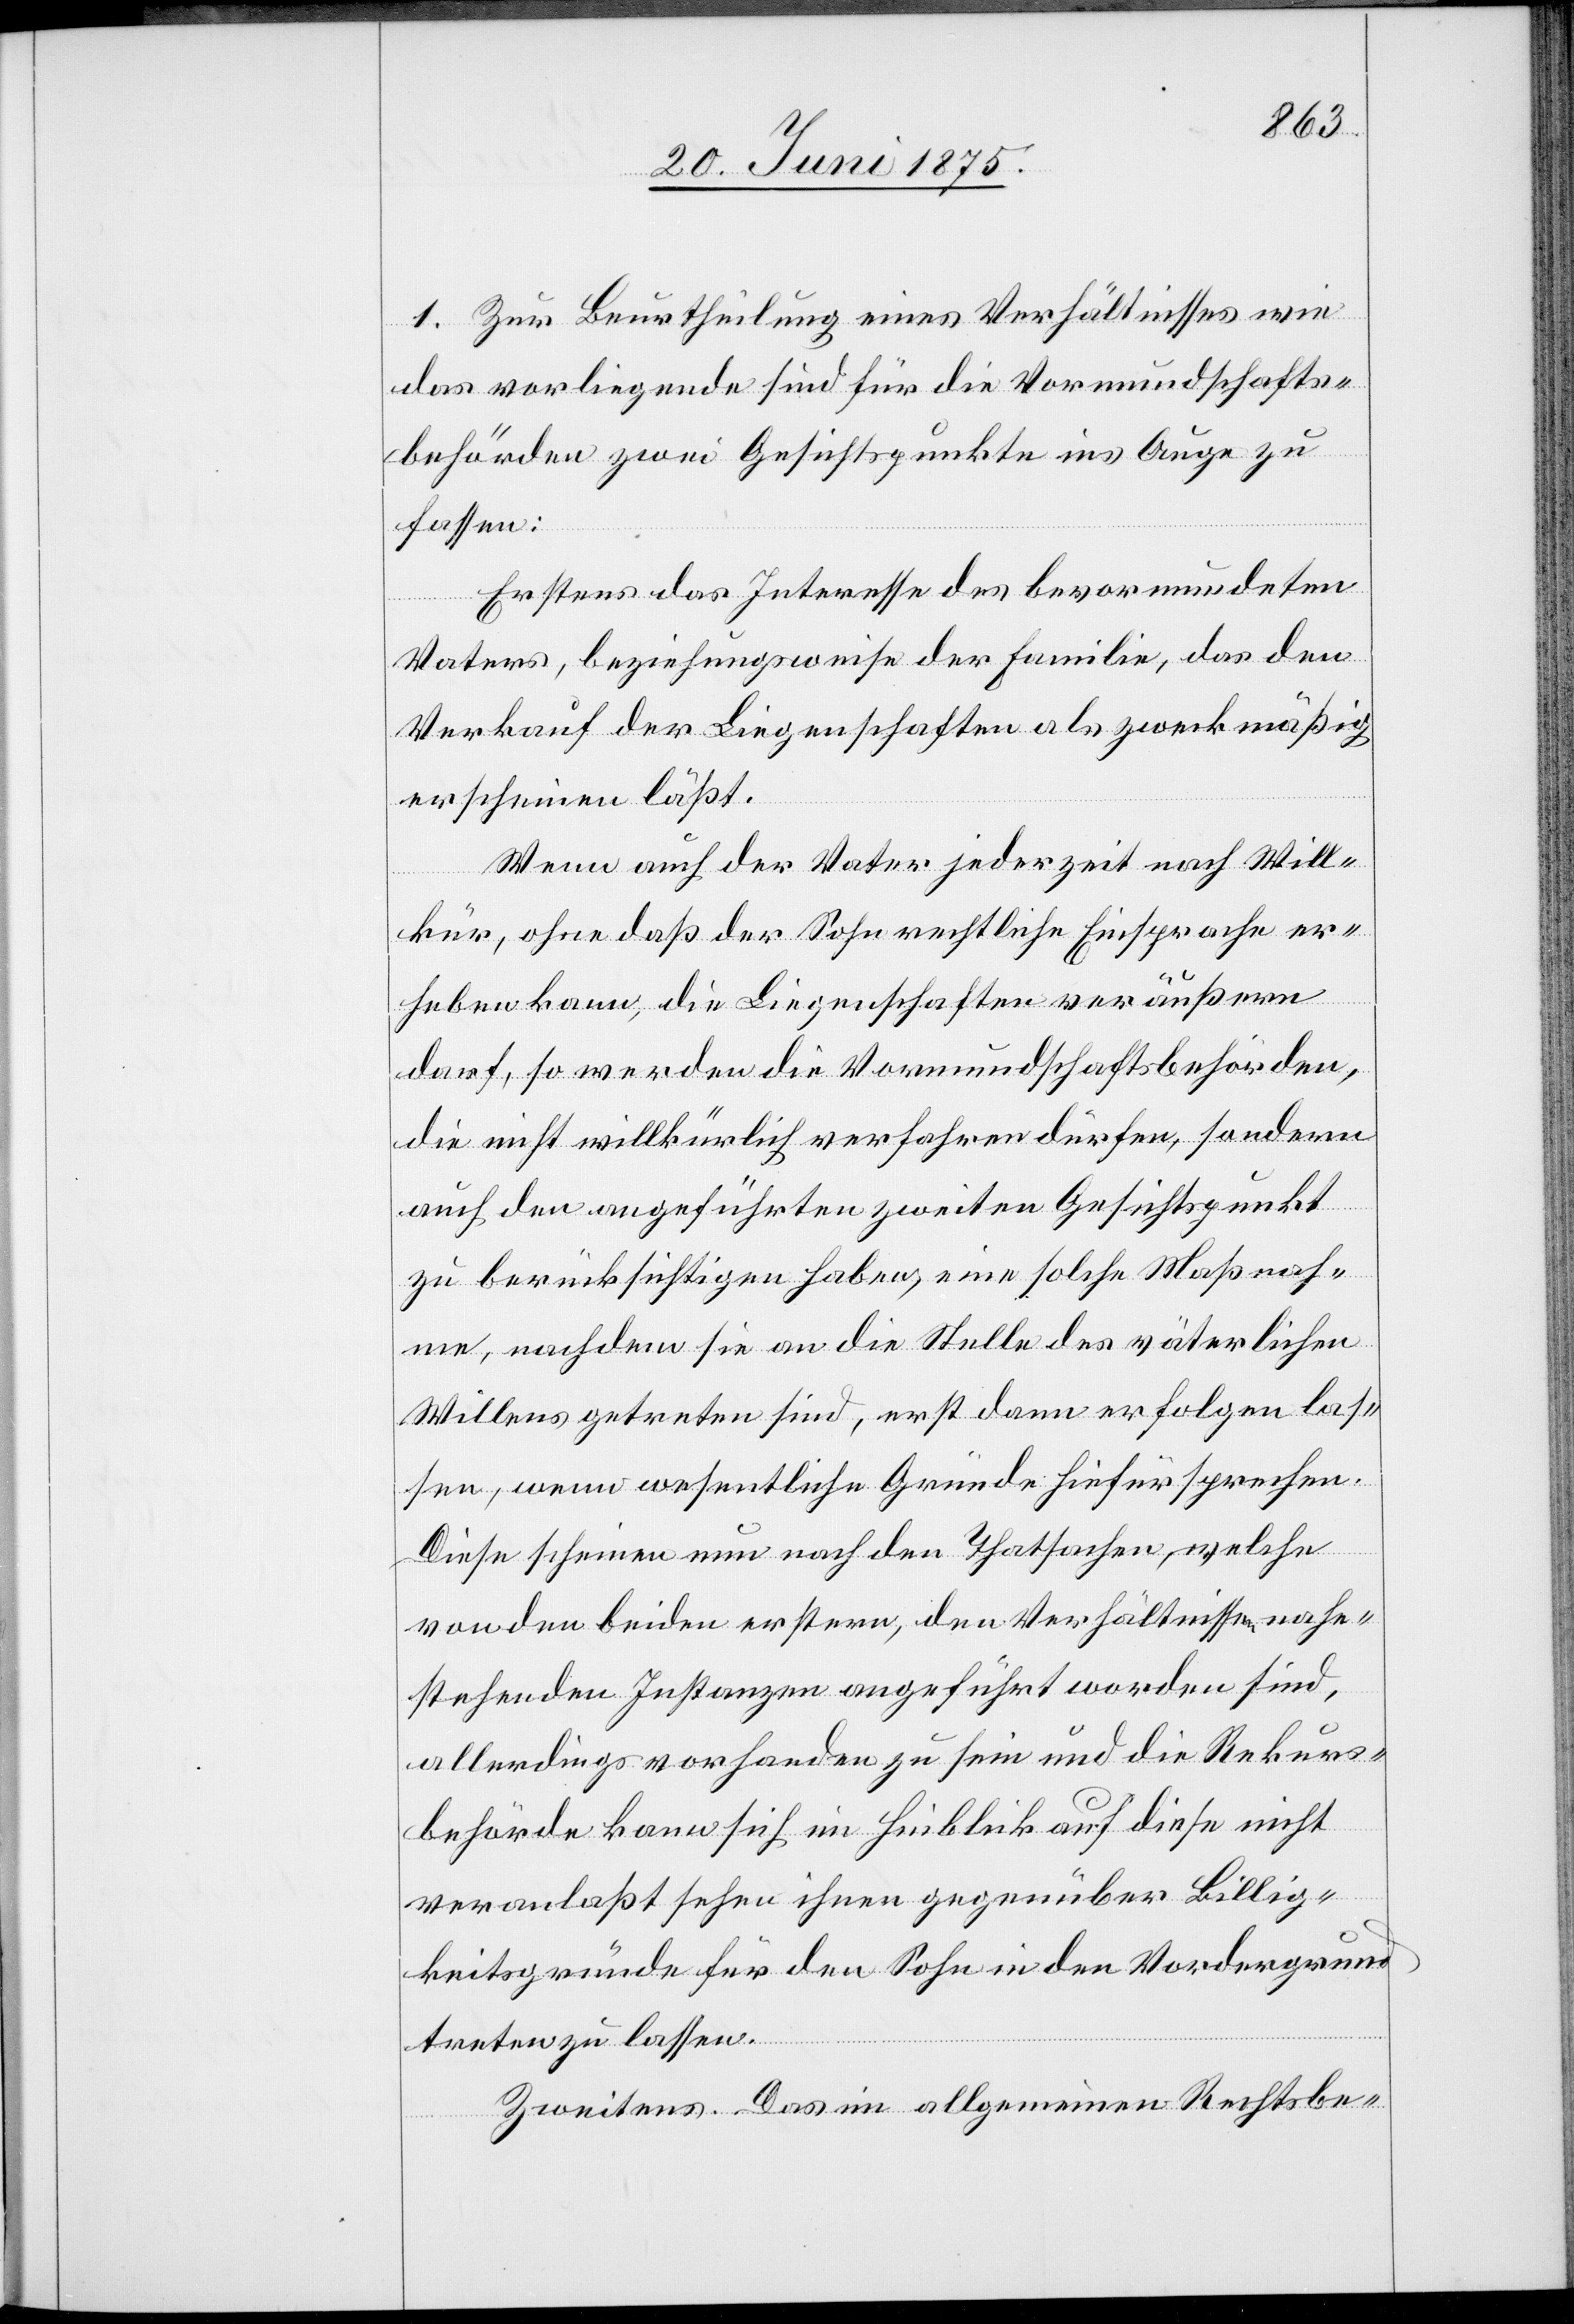
1. Zur Beurtheilung eines Verhältnisses wie
das vorliegende sind für die Vormundschafts¬
behörden zwei Gesichtspunkte ins Auge zu
lassen.
Erstens das Interesse des bevormundeten
Vaters, beziehungsweise der Familie, das den
Verkauf der Liegenschaften als zweckmäßig
erscheinen läßt.
Wenn auch der Vater jederzeit nach Will¬
treten
kür, ohne daß der Sohn rechtliche Einsprache er¬
heben kann, die Liegenschaften veräußern
darf, so werden die Vormundschaftsbehörden,
die nicht willkürlich verfahren dürfen, sondern
auch den angeführten zweiten Gesichtspunkt
zu berücksichtigen haben, eine solche Maßnah¬
me, nachdem sie an die Stelle des väterlichen
Willens getreten sind, erst dann erfolgen las¬
sen, wenn wesentliche Gründe hiefür sprechen.
Diese scheinen nun nach den Thatsachen, welche
von den beiden erstern, den Verhältnissen nahe¬
stehenden Instanzen angeführt worden sind,
allerdings vorhanden zu sein und die Rekurs¬
behörde kann sich im Hinblick auf diese nicht
veranlaßt sehen ihnen gegenüber Billig¬
keitsgründe für den Sohn in den Vordergrund
Zweitens. Das im allgemeinen Rechtsbe-